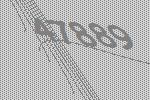
47889